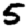
Digit: 5